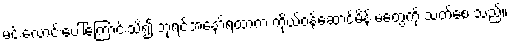
မင်းလောင်းပေါ်ကြောင်းသိ၍ ဘုရင်အနော်ရထာက ကိုယ်ဝန်ဆောင်မိန်းမတွေကို သတ်စေ သည်။